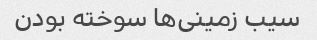
سیب زمینی‌ها سوخته بودن